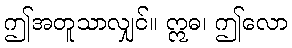
ဤအတူသာလျှင်။ ဣဓ၊ ဤလော